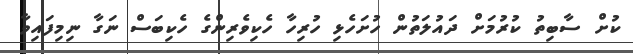
ކުށް ސާބިތު ކުރުމަށް ދައުލަތުން ހުށަހެޅި ހުރިހާ ހެކިވެރިންގެ ހެކިބަސް ނަގާ ނިމިފައިވާ